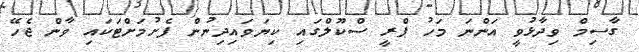
ގާސިމް ވިދާޅުވީ އަންނަ މަހު ޕްރީ ސްކޫލްގައި ކިޔަވައިދިނުން ފެށުމަށްޓަކައި ވާން ޖެހޭ